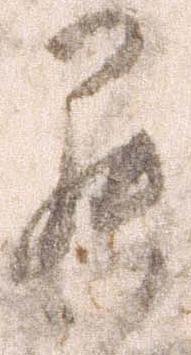
罷